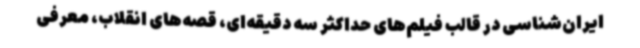
ایران‌شناسی در قالب فیلم‌های حداکثر سه دقیقه‌ای، قصه‌های انقلاب، معرفی